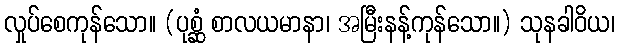
လှုပ်စေကုန်သော။ (ပုစ္ဆံ စာလယမာနာ၊ အမြီးနန့်ကုန်သော။) သုနခါဝိယ၊